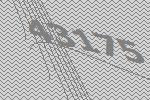
43175